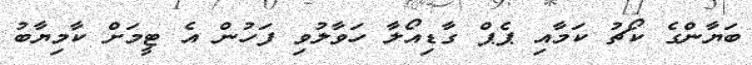
ބަޔާންގެ ކޯޗު ކަމާއި ޕެޕް ގާޑިއޯލާ ހަވާލުވި ފަހުން އެ ޓީމަށް ކާމިޔާބު